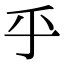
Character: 乎